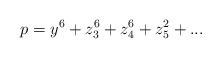
LaTeX: \begin{align*}p = y^{6} + z_{3}^{6} + z_{4}^{6} + z_{5}^{2} + ...\end{align*}